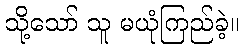
သို့သော် သူ မယုံကြည်ခဲ့။